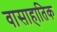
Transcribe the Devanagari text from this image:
वासाहातिक